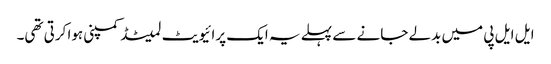
ایل ایل پی میں بدلے جانے سے پہلے یہ ایک پرائیویٹ لمیٹڈ کمپنی ہوا کرتی تھی۔